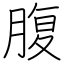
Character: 腹